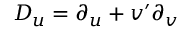
D _ { u } = \partial _ { u } + v ^ { \prime } \partial _ { v }